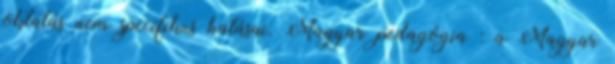
oktatás nem specifikus hatásai. Magyar pedagógia : a Magyar